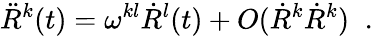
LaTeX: \ddot{R}^{k}(t)=\omega^{kl}\dot{R}^{l}(t)+O(\dot{R}^{k}\dot{R}^{k})\; \; .